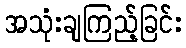
အသုံးချကြည့်ခြင်း